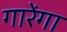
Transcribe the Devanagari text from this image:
गारेंगा